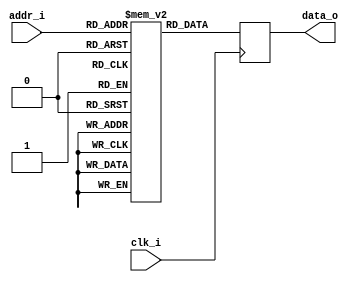
// DIY Read Only Syncronous Memory
// 4 bits addr bus
// 8 bits data bus
// string is null-terminated
module memory (
    input clk_i,
    input [3:0] addr_i,
    output reg [7:0] data_o
);

    reg [7:0] mem [15:0];

    initial begin
        mem[0]  = "S";
        mem[1]  = "i";
        mem[2]  = "m";
        mem[3]  = "p";
        mem[4]  = "l";
        mem[5]  = "e";
        mem[6]  = " ";
        mem[7]  = "U";
        mem[8]  = "A";
        mem[9]  = "R";
        mem[10] = "T";
        mem[11] = " ";
        mem[12] = "E";
        mem[13] = "y";
        mem[14] = "C";
        mem[15] = 0;
    end

    always @(posedge clk_i)
        data_o <= mem[addr_i[3:0]];

endmodule